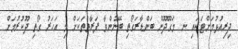
ދިރިއުޅުމަށްޓަކައި ނ. މަގޫދޫން ބަންޑާރަގޯތި ބޭނުންވާ ފަރާތްތަކަށް މި އަހަރު ގޯތި ދޫކުރުމަށް